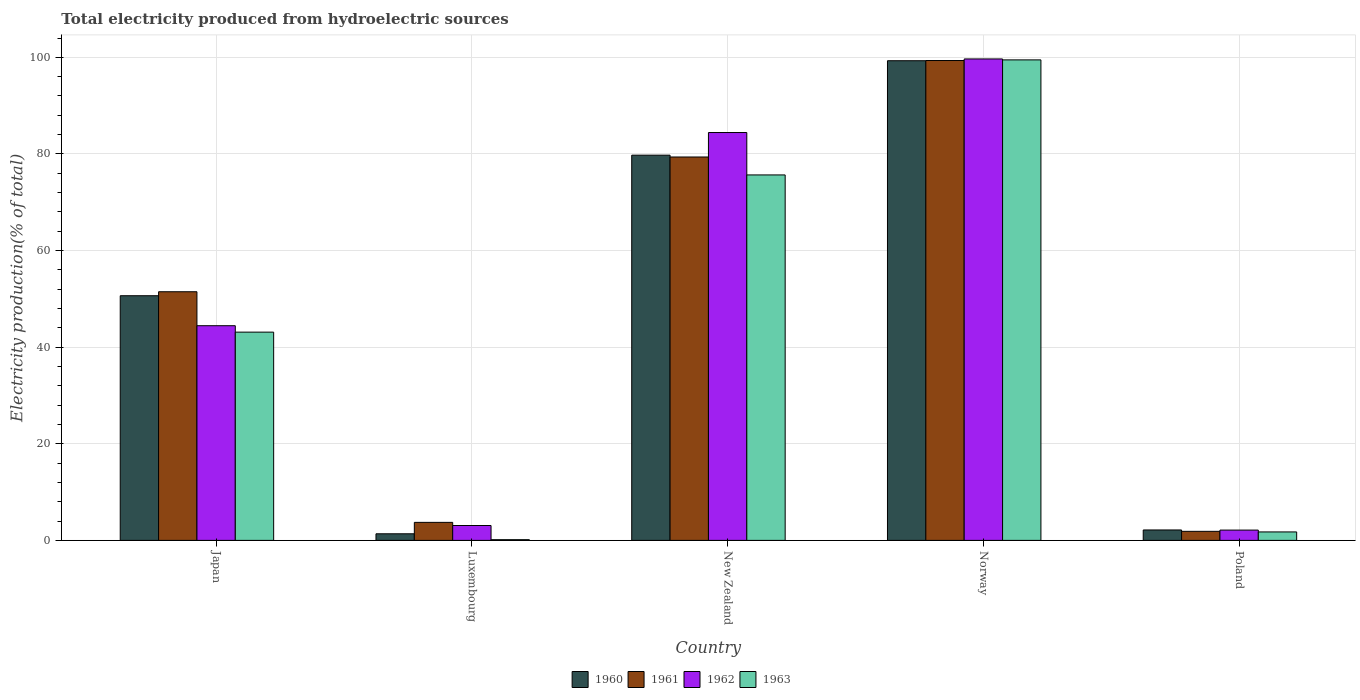
| Country | 1960 | 1961 | 1962 | 1963 |
 | --- | --- | --- | --- | --- |
 | Japan | 50.6 | 51.5 | 44.4 | 43.1 |
 | Luxembourg | 1.37 | 3.73 | 3.08 | 0.148 |
 | New Zealand | 79.8 | 79.4 | 84.4 | 75.7 |
 | Norway | 99.3 | 99.3 | 99.7 | 99.5 |
 | Poland | 2.16 | 1.87 | 2.13 | 1.75 |